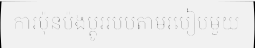
ការប៉ុនប៉ងប្តូររបបតាមរបៀបមួយ